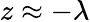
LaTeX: z\approx-\lambda